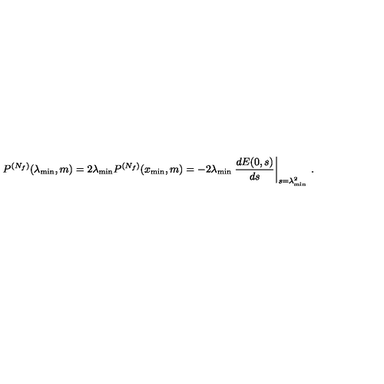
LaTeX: P ^ { ( N _ { f } ) } ( \lambda _ { \mathrm { m i n } } , m ) = 2 \lambda _ { \mathrm { m i n } } P ^ { ( N _ { f } ) } ( x _ { \mathrm { m i n } } , m ) = - 2 \lambda _ { \mathrm { m i n } } \left. \frac { d E ( 0 , s ) } { d s } \right| _ { s = \lambda _ { \mathrm { m i n } } ^ { 2 } } \: .